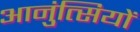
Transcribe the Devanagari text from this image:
आनुंत्सियों